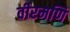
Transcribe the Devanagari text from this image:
वीरमणि